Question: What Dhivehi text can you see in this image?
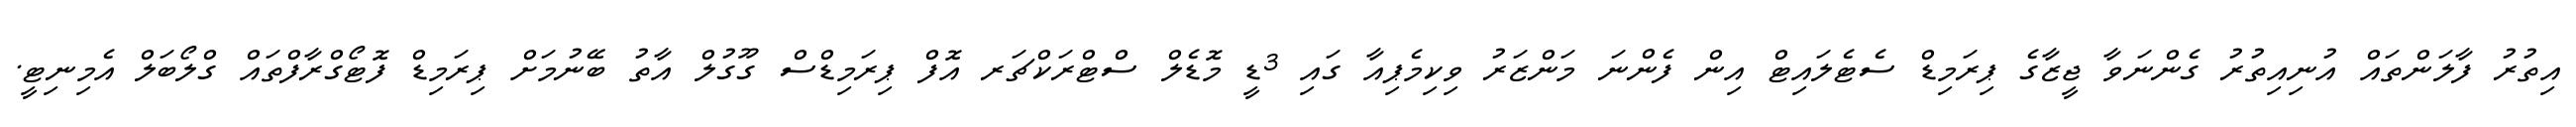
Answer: އިތުރު ފާލަންތައް އުނިއިތުރު ގެންނަވާ ޖީޒާގެ ޕިރަމިޑް ސެޓެލައިޓް އިން ފެންނަ މަންޒަރު ވިކިމެޕިއާ ގައި 3ޑީ މޮޑެލް ސްޓްރަކްޗަރ އޮފް ޕިރަމިޑްސް ގޫގުލް އާތު ބޭނުމަށް ޕިރަމިޑް ފޮޓޯގްރާފްތައް ގްލޯބަލް އެމިނިޓީ.